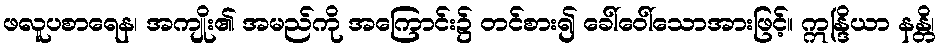
ဖလူပစာရေန၊ အကျိုး၏ အမည်ကို အကြောင်း၌ တင်စား၍ ခေါ်ဝေါ်သောအားဖြင့်။ ဣန္ဒြိယာ နန္တိ၊